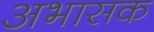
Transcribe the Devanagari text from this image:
अभासक